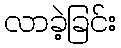
လာခဲ့ခြင်း